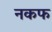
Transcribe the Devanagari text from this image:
नकफ